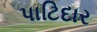
પાટિદાર